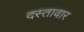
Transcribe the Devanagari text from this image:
दस्तावार